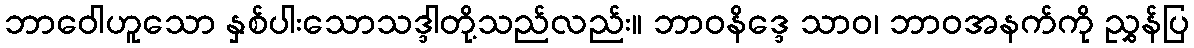
ဘာဝေါဟူသော နှစ်ပါးသောသဒ္ဒါတို့သည်လည်း။ ဘာဝနိဒ္ဒေ သာဝ၊ ဘာဝအနက်ကို ညွှန်ပြ